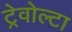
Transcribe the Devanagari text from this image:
ट्रेवोल्टा